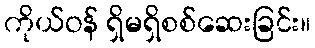
ကိုယ်ဝန် ရှိမရှိစစ်ဆေးခြင်း။